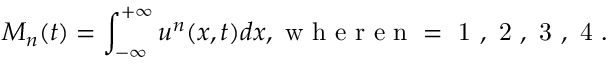
M _ { n } ( t ) = \int _ { - \infty } ^ { + \infty } u ^ { n } ( x , t ) d x , \mathrm { ~ w ~ h ~ e ~ r ~ e ~ n ~ = ~ 1 ~ , ~ 2 ~ , ~ 3 ~ , ~ 4 ~ . ~ }